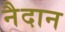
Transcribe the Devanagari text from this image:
नैदान